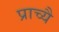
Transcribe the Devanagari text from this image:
प्राच्यै